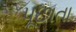
પૂછાતા